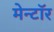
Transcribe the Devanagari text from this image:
मेन्टॉर